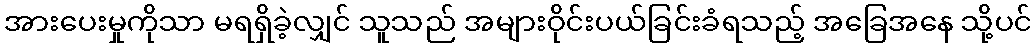
အားပေးမှုကိုသာ မရရှိခဲ့လျှင် သူသည် အများဝိုင်းပယ်ခြင်းခံရသည့် အခြေအနေ သို့ပင်